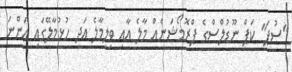
"ސުޕަ" ކަޕް ނޫޑުލްސްގެ ޕްރޮމޯޝަނެއް މާލެ އާއި ވިލިމާލެ އަދި ހުޅުމާލޭގައި އަންނަ